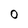
Character: 0